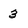
Character: 3